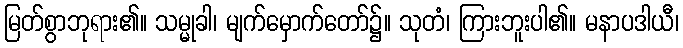
မြတ်စွာဘုရား၏။ သမ္မုခါ၊ မျက်မှောက်တော်၌။ သုတံ၊ ကြားဘူးပါ၏။ မနာပဒါယီ၊